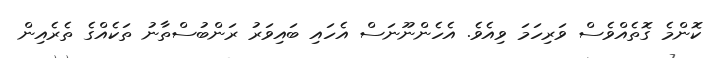
ކޮންމެ ގޮތެއްވެސް ވަރިހަމަ ވިއެވެ. އެހެންނޫނަސް އެހައި ބައިވަރު ރަންބުސްތާނު ތަކެއްގެ ތެރެއިން